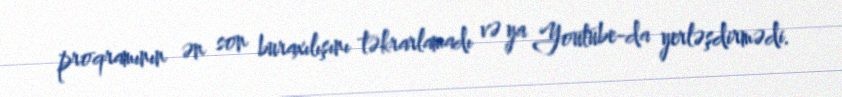
proqramının ən son buraxılışını təkrarlamadı və ya Youtube-da yerləşdirmədi.